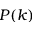
P ( k )